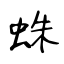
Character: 蛛